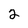
Character: 2